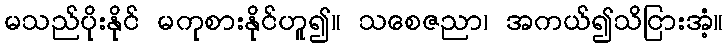
မသည်ပိုးနိုင် မကုစားနိုင်ဟူ၍။ သစေဇညာ၊ အကယ်၍သိငြားအံ့။